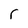
Character: r